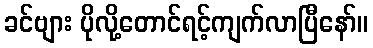
ခင်ဗျား ပိုလို့တောင်ရင့်ကျက်လာပြီနော်။